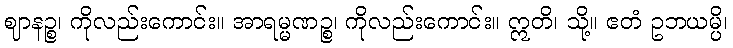
ဈာနဉ္စ၊ ကိုလည်းကောင်း။ အာရမ္မဏဉ္စ၊ ကိုလည်းကောင်း။ ဣတိ၊ သို့။ ဧတံ ဥဘယမ္ပိ၊